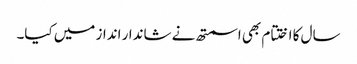
سال کا اختتام بھی اسمتھ نے شاندار انداز میں کیا۔